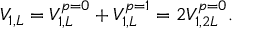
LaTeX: V _ { 1 , L } = V _ { 1 , L } ^ { p = 0 } + V _ { 1 , L } ^ { p = 1 } = 2 V _ { 1 , 2 L } ^ { p = 0 } .